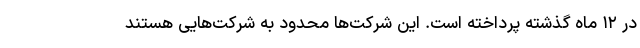
در ۱۲ ماه گذشته پرداخته است. این شرکت‌ها محدود به شرکت‌هایی هستند